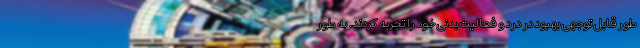
طور قابل توجهی بهبود در درد و فعالیت بدنی خود را تجربه کردند. به طور